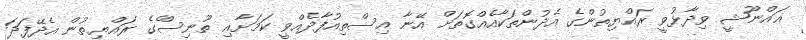
ޣައްނޫޝީ ވިދާޅުވީ ރައްޔިތުންގެ އެދުންތަކާއެއްގޮތަށް އޭނާ އިސްތިއުފާދެއްވީ ކަމަށާއި ތޫނިސްެގެ ރައްޔިތުން އެދޭފަދަ